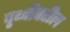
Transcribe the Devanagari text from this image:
पृ्थ्वीवरील